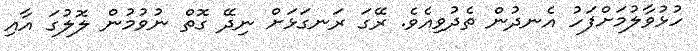
ހުޅުވާލުމަށްފަހު އެނދުން ތެދުވިއެވެ. ރޭގަ ރަނގަޅަށް ނިދޭ ގޮތް ނުވުމުން ލޮލުގަ އާއި